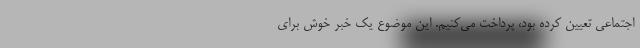
اجتماعی تعیین کرده بود، پرداخت می‌کنیم. این موضوع یک خبر خوش برای